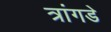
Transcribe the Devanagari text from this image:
त्रांगडे